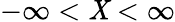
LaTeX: -\infty<\mathit{X}<\infty